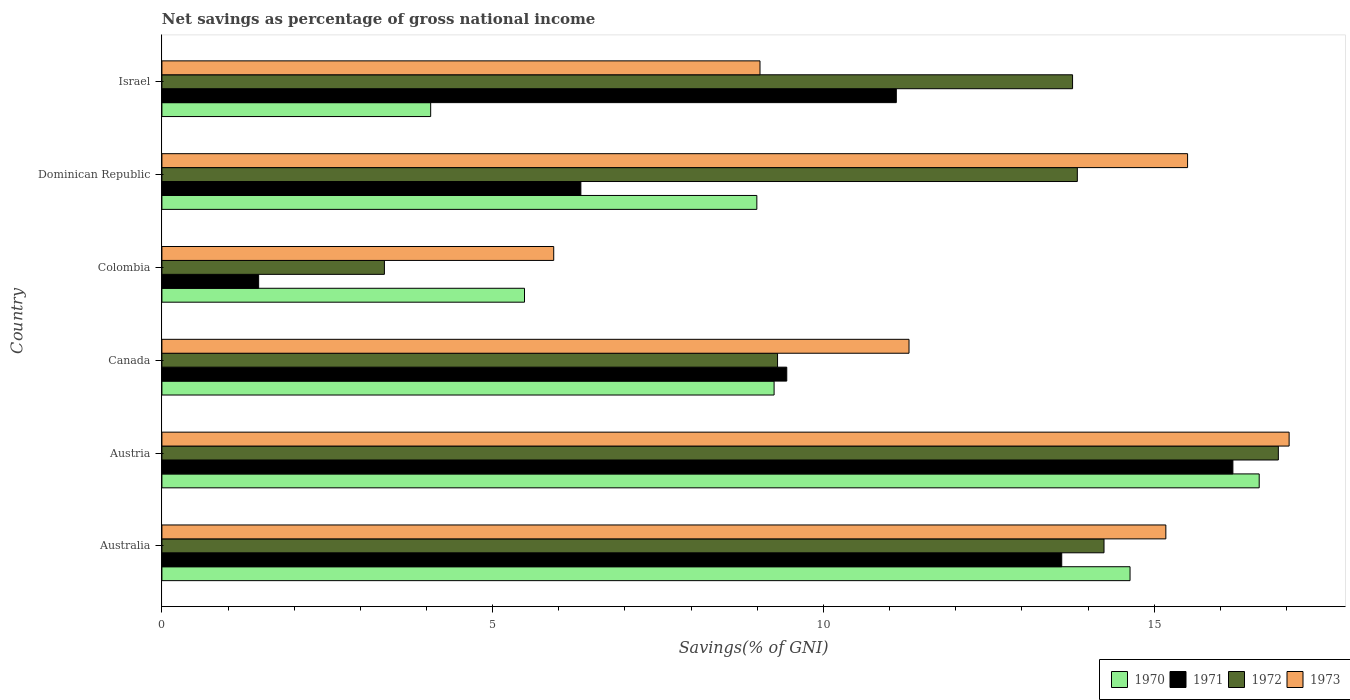
| Country | 1970 | 1971 | 1972 | 1973 |
 | --- | --- | --- | --- | --- |
 | Australia | 14.6 | 13.6 | 14.2 | 15.2 |
 | Austria | 16.6 | 16.2 | 16.9 | 17 |
 | Canada | 9.25 | 9.45 | 9.31 | 11.3 |
 | Colombia | 5.48 | 1.46 | 3.36 | 5.92 |
 | Dominican Republic | 8.99 | 6.33 | 13.8 | 15.5 |
 | Israel | 4.06 | 11.1 | 13.8 | 9.04 |